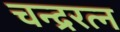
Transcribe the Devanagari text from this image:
चन्द्ररत्न